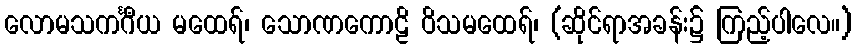
လောမသကင်္ဂီယ မထေရ်၊ သောဏကောဠိ ဝိသမထေရ်၊ (ဆိုင်ရာအခန်း၌ ကြည့်ပါလေ။)